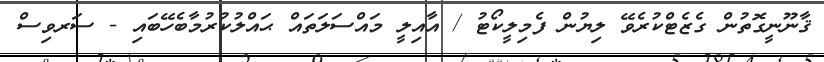
ޤާނޫނީގޮތުން ގެޒެޓްކުރެވޭ ލިޔުން ފެމިލީކޯޓު / އާއިލީ މައްސަލަތައް ޙައްލުކުރުމާބެހޭބައި - ސަރވިސް